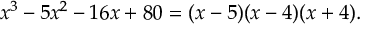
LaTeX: x ^ { 3 } - 5 x ^ { 2 } - 1 6 x + 8 0 = ( x - 5 ) ( x - 4 ) ( x + 4 ) .